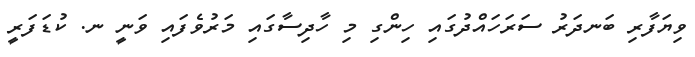
ވިޔަފާރި ބަނދަރު ސަރަހައްދުގައި ހިންގި މި ހާދިސާގައި މަރުވެފައި ވަނީ ނ. ކުޑަފަރީ